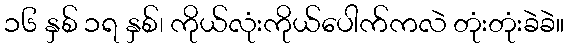
၁၆ နှစ် ၁ရ နှစ်၊ ကိုယ်လုံးကိုယ်ပေါက်ကလဲ တုံးတုံးခဲခဲ။